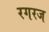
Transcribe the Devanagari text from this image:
रगरज